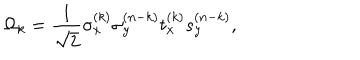
LaTeX: \Omega _ { k } = { \frac { 1 } { \sqrt { 2 } } } \sigma _ { x } ^ { ( k ) } \sigma _ { y } ^ { ( n - k ) } t _ { x } ^ { ( k ) } s _ { y } ^ { ( n - k ) } ,